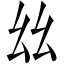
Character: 𢆶